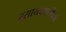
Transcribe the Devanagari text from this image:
रसायनशास्त्रियों